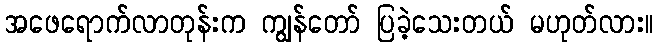
အဖေရောက်လာတုန်းက ကျွန်တော် ပြခဲ့သေးတယ် မဟုတ်လား။